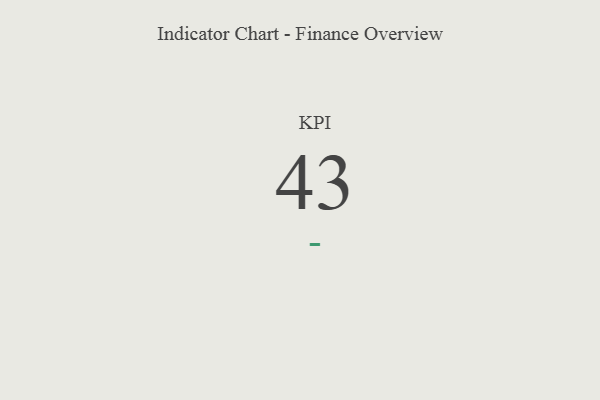
{"axis": {"x": "KPI", "y": "Value"}, "legend": [""], "data": [{"x": "KPI", "y": 43, "type": ""}]}